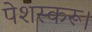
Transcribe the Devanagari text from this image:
पेशस्‍करू।